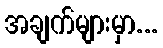
အချက်များမှာ...